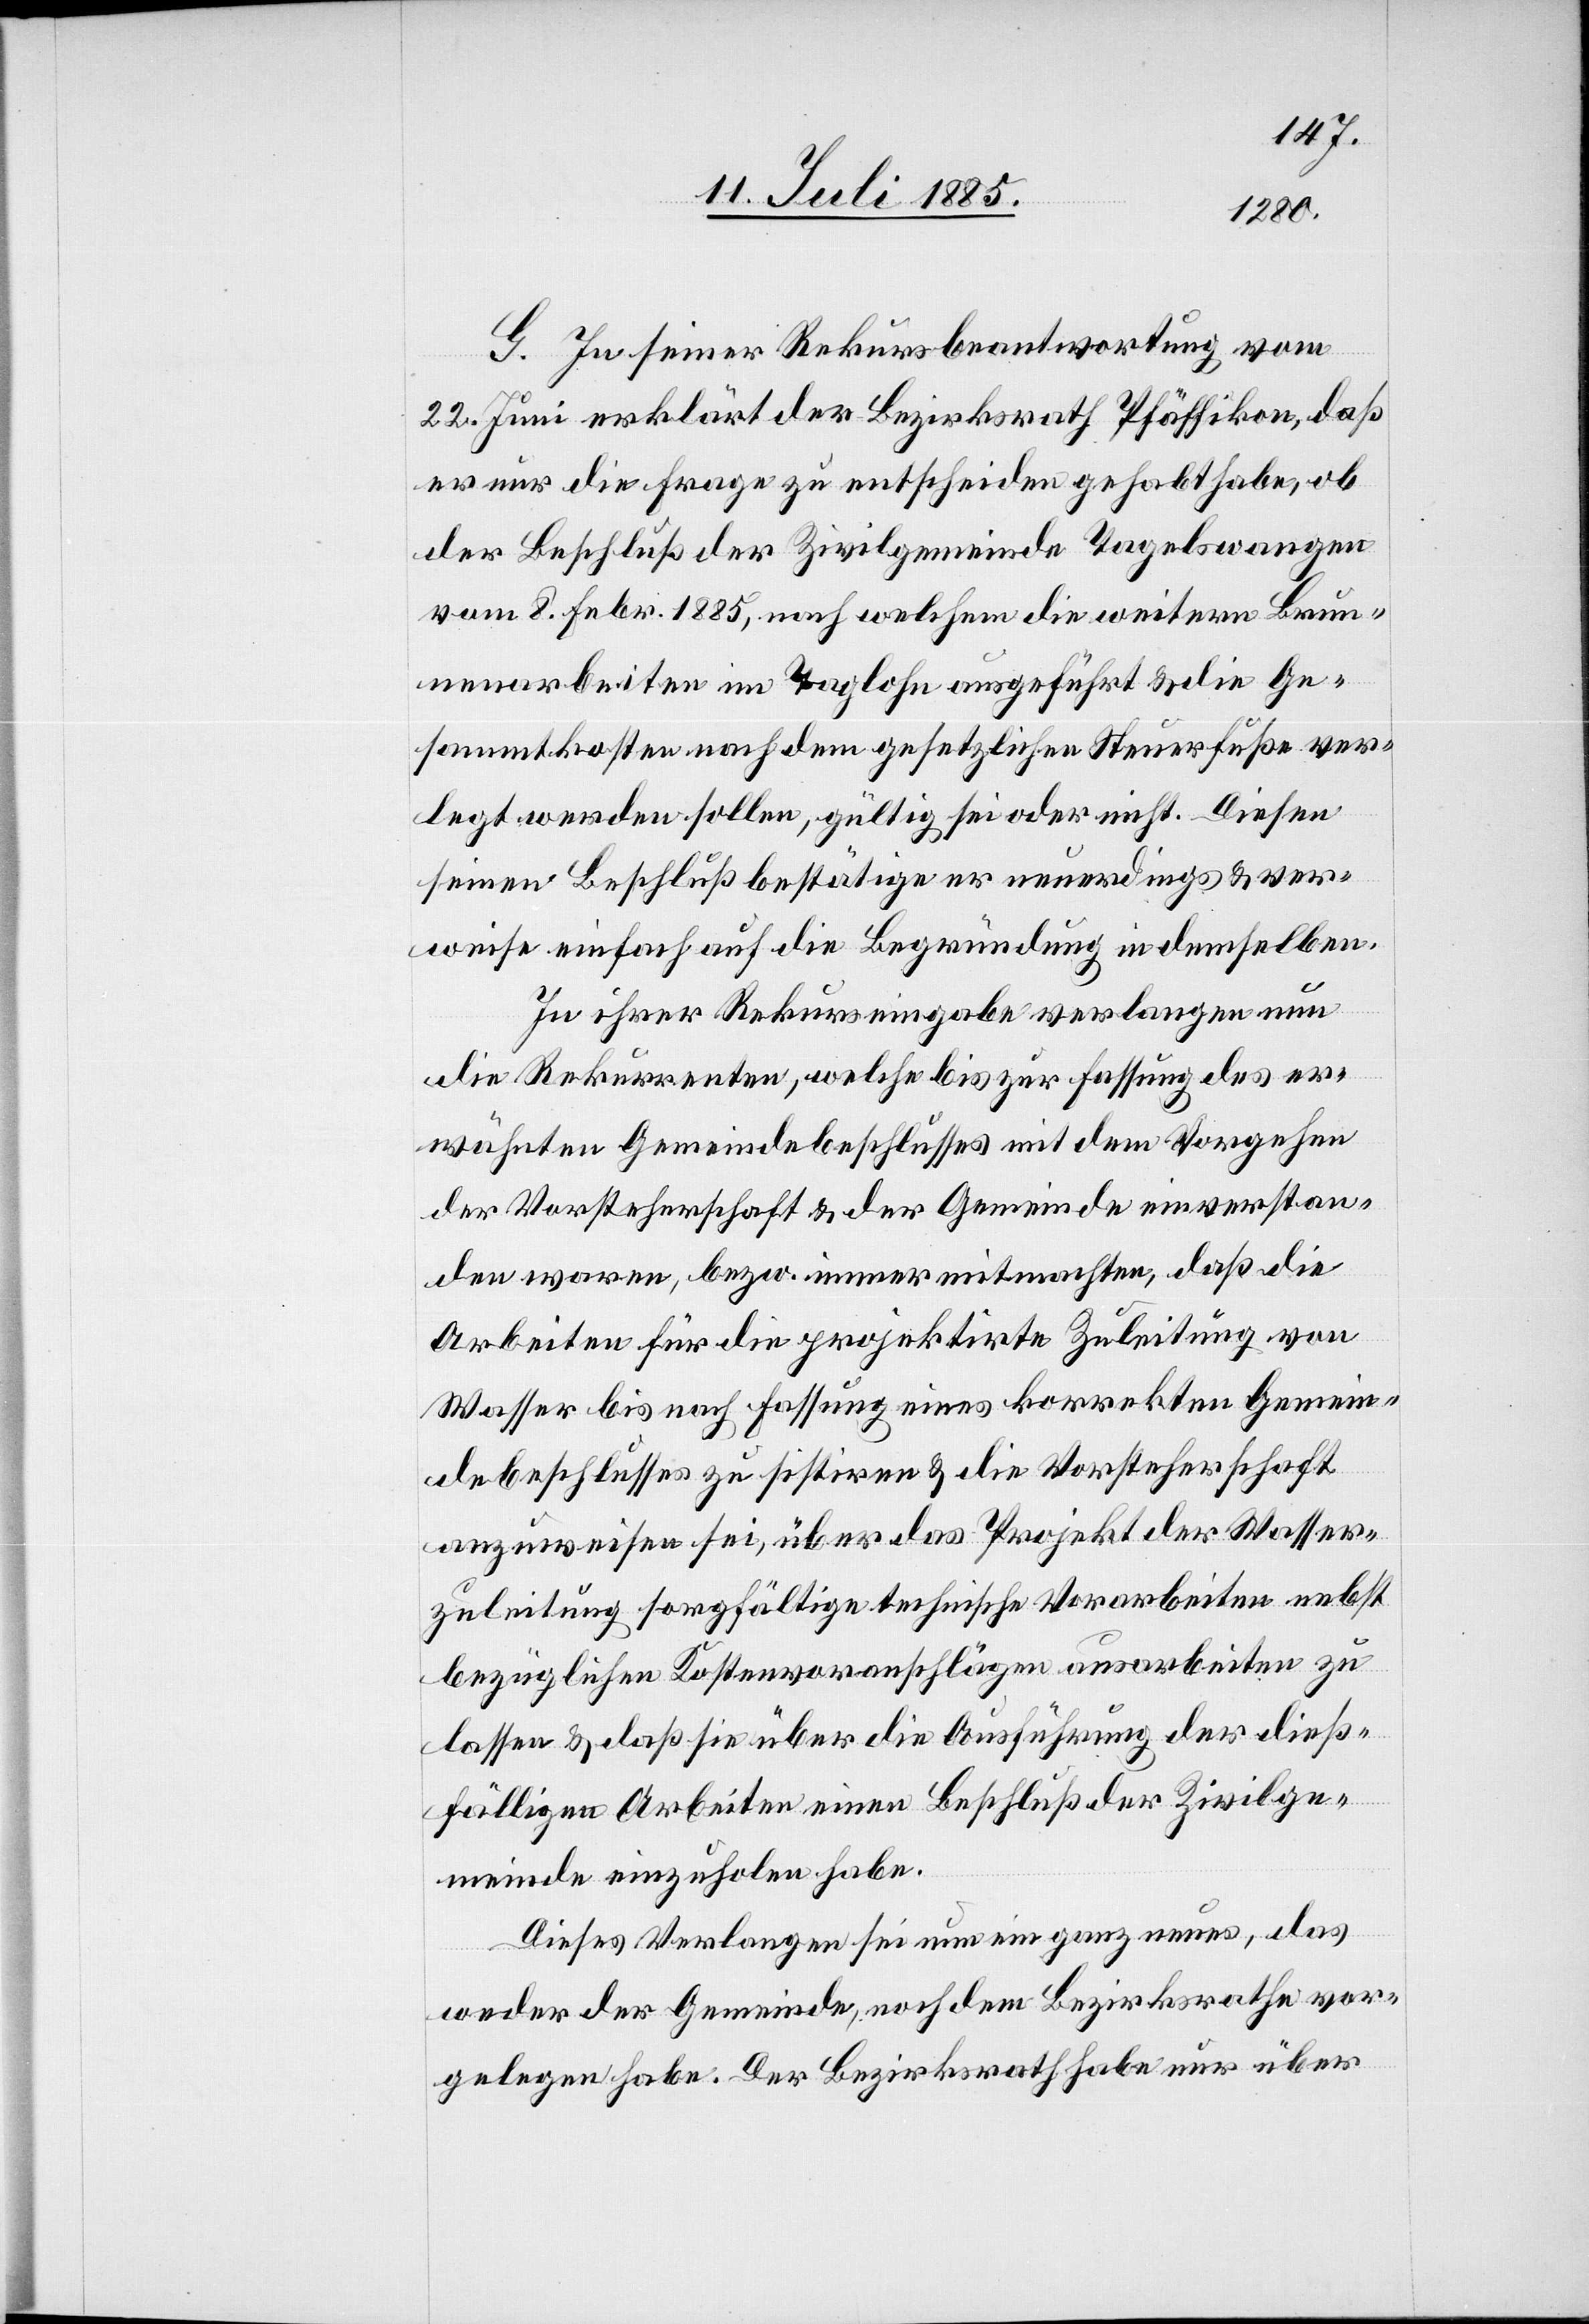
G. In seiner Rekursbeantwortung vom
22. Juni erklärt der Bezirksrath Pfäffikon, daß
er nur die Frage zu entscheiden gehabt habe, ob
der Beschluß der Zivilgemeinde Tagelswangen
vom 8. Febr. 1885, nach welchen die weitern Brun¬
nenarbeiten im Taglohn ausgeführt & die Ge¬
sammtkosten nach dem gesetzlichen Steuerfuße ver¬
legt werden sollen, gültig sei oder nicht. Diesen
seinen Beschluß bestätige er neuerdings & ver¬
weise einfach auf die Begründung in demselben.
In ihrer Rekurseingabe verlangen nun
die Rekurrenten, welche bis zur Fassung des er¬
wähnten Gemeindebeschlusses mit dem Vorgehen
der Vorsteherschaft & der Gemeinde einverstan¬
den waren, bezw. immer mitmachten, daß die
Arbeiten für die projektirte Zuleitung von
Wasser bis nach Fassung eines korrekten Gemein¬
debeschlusses zu sistiren & die Vorsteherschaft
anzuweisen sei, über das Projekt der Wasser¬
zuleitung sorgfältige technische Vorarbeiten nebst
bezüglichen Kostenvoranschlägen ausarbeiten zu
lassen & daß sie über die Ausführung der dieß¬
fälligen Arbeiten einen Beschluß der Zivilge¬
meinde einzuholen habe.
Dieses Verlangen sei nun ein ganz neues, das
weder der Gemeinde, noch dem Bezirksrathe vor¬
gelegen habe. Der Bezirksrath habe nur über